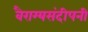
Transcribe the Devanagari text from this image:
वैराग्यसंदीपनी